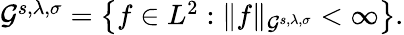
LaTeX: \begin{array}{r}{\mathcal G^{s,\lambda,\sigma}=\left\{ f\in L^{2}:\| f\| _{\mathcal G^{s,\lambda,\sigma}}<\infty\right\} .}\end{array}